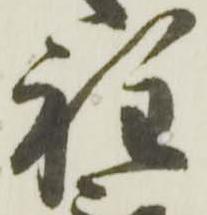
程